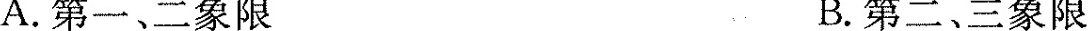
A.第一、二象限 B.第二、三象限